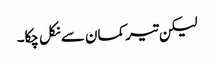
لیکن تیر کمان سے نکل چکا۔